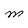
Character: M